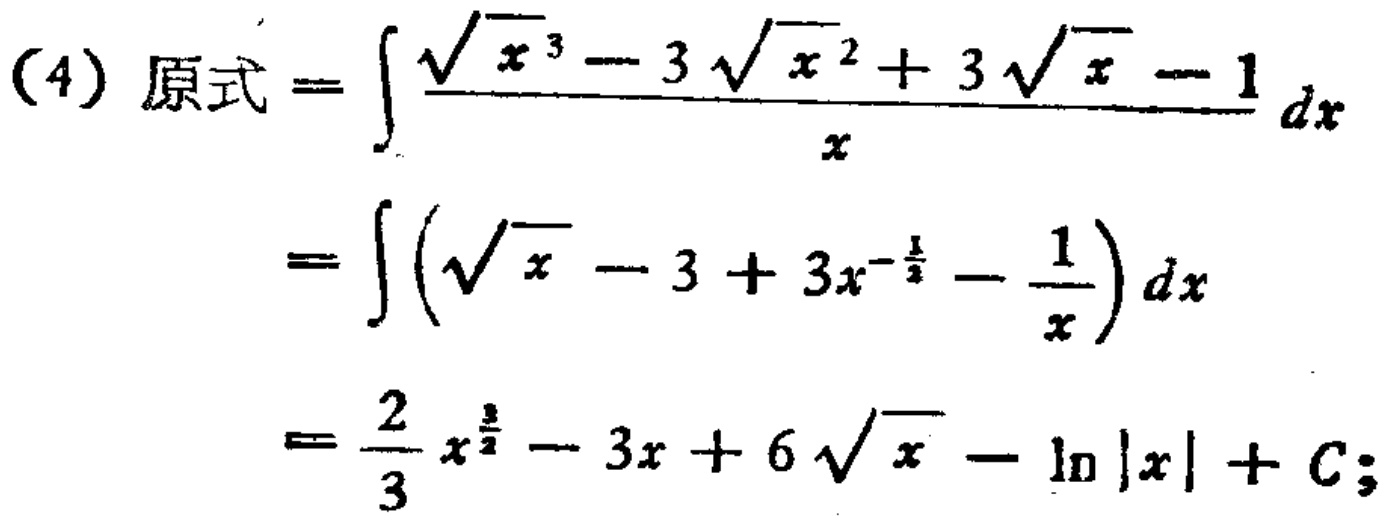
\[
\begin{align*}
(4)\ 原式&=\int\frac{\sqrt{x}^{3}-3\sqrt{x}^{2}+3\sqrt{x}-1}{x}dx\\
&=\int(\sqrt{x}-3 + 3x^{-\frac{1}{2}}-\frac{1}{x})dx\\
&=\frac{2}{3}x^{\frac{3}{2}}-3x + 6\sqrt{x}-\ln|x|+C;
\end{align*}
\]